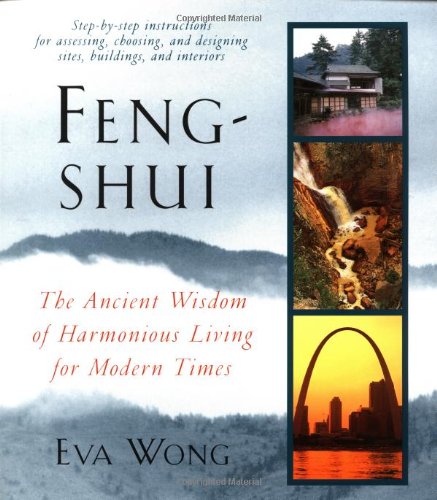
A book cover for Feng-Shui; Eva Wong; Religion & Spirituality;